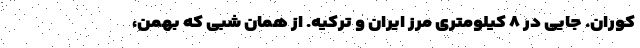
کوران. جایی در ٨ کیلومتری مرز ایران و ترکیه. از همان شبی که بهمن،